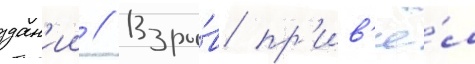
здан'ии // Взры́в пр'ив'ё́л